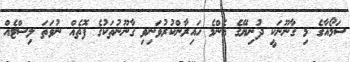
ސަމޯއާގެ މި ގާނޫނަކީ ދުނިޔޭގެ އެންމެ ހައިރާންކުރުވަނިވި ގާނޫނުތަކުގެ ފޮތެއް ނުވަތަ ލިސްޓެއް